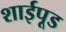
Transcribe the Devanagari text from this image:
शाईपूड